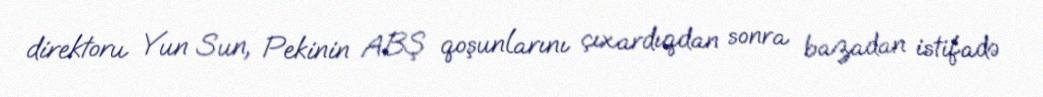
direktoru Yun Sun, Pekinin ABŞ qoşunlarını çıxardıqdan sonra bazadan istifadə